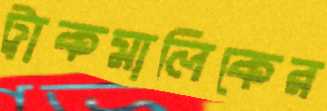
ট্রাকমালিকের